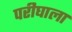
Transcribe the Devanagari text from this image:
परीघाला